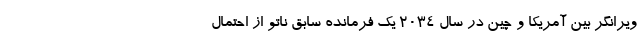
ویرانگر بین آمریکا و چین در سال ۲۰۳۴ یک فرمانده سابق ناتو از احتمال